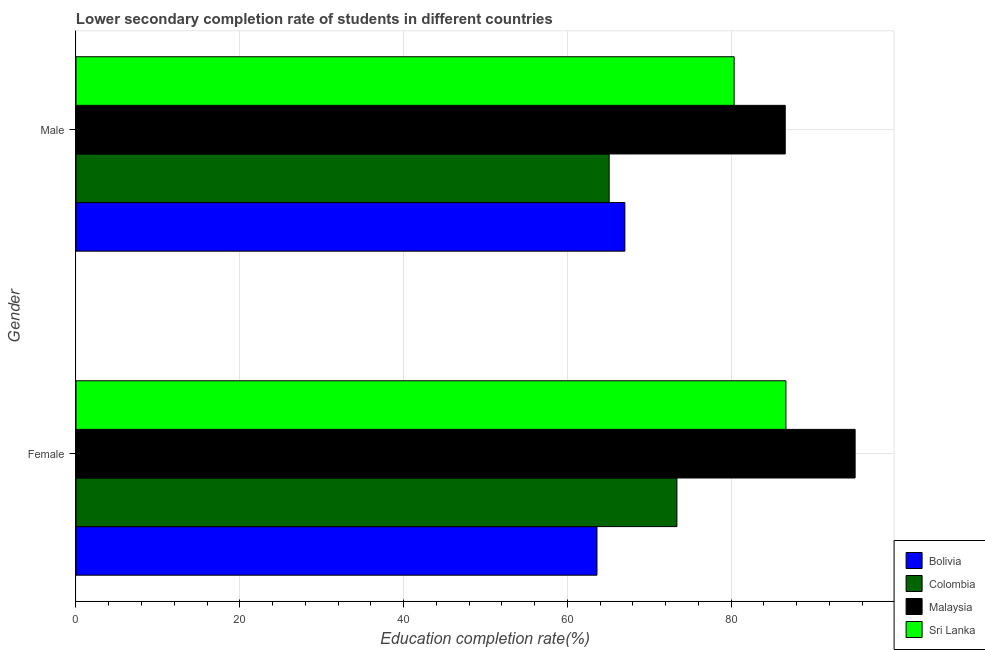
| Gender | Bolivia | Colombia | Malaysia | Sri Lanka |
 | --- | --- | --- | --- | --- |
 | Female | 63.6 | 73.4 | 95.1 | 86.7 |
 | Male | 67 | 65.1 | 86.6 | 80.4 |